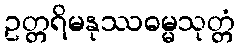
ဥတ္တရိမနုဿဓမ္မသုတ္တံ